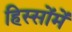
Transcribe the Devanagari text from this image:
हिस्सोंमें